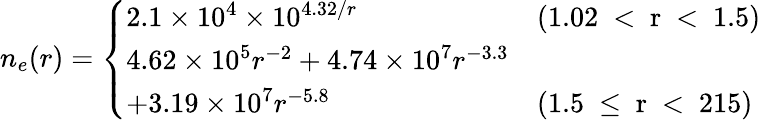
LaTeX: n_{e}(r)=\left\{ \begin{array}{ll}{2.1\times 10^{4}\times 10^{4.32/r}}&{\mathrm{(1.02~<~r~<~1.5)}}\\ {4.62\times 10^{5}r^{-2}+4.74\times 10^{7}r^{-3.3}}\\ {+3.19\times 10^{7}r^{-5.8}}&{\mathrm{(1.5~\leq~r~<~215)}}\end{array}\right.